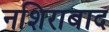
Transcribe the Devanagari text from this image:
नशिराबाद